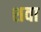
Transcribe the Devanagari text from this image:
शवा